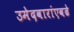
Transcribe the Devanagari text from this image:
उमेदवारांएवढे